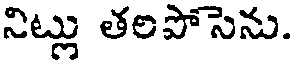
నిట్లు తలపోసెను.